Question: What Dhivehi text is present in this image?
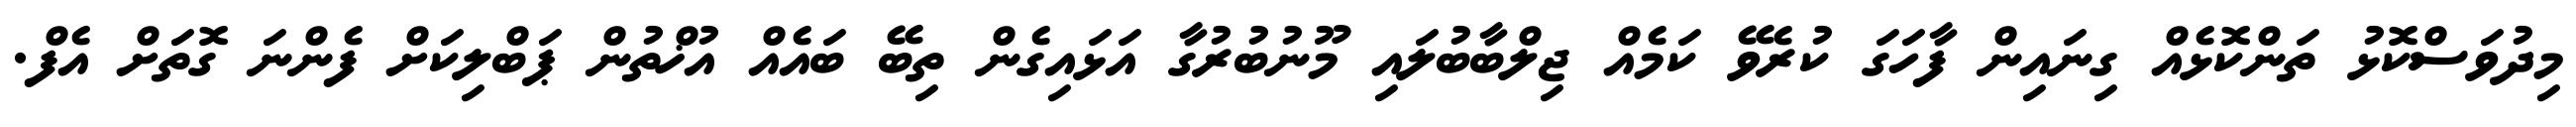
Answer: މިދުވަސްކޮޅު ތަންކޮޅެއް ގިނައިން ފާހަގަ ކުރެވޭ ކަމެއް ޖިލްބާބުލައި މޫނުބުރުގާ އަޅައިގެން ތިބޭ ބައެއް އުޚްތުން ޕަބްލިކަށް ފެންނަ ގޮތަށް އެފް.